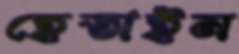
হেতাইন